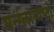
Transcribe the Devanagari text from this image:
मन्ग्लान्यष्टो